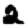
Digit: 2